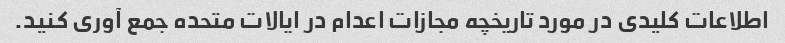
اطلاعات کلیدی در مورد تاریخچه مجازات اعدام در ایالات متحده جمع آوری کنید.